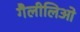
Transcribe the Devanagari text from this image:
गैलीलिओ